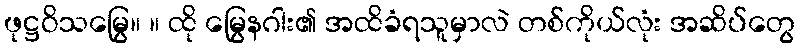
ဖုဋ္ဌဝိသမြွေ။ ။ ထို မြွေနဂါး၏ အထိခံရသူမှာလဲ တစ်ကိုယ်လုံး အဆိပ်တွေ